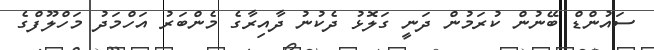
ސައުންޑް ބޭނުން ކުރަމުން ދަނީ ގަލޮޅު ދެކުނު ދާއިރާގެ މެންބަރު އަހްމަދު މަހްލޫފްގެ